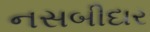
નસબીદાર